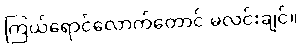
ကြယ်ရောင်လောက်တောင် မလင်းချင်။